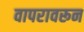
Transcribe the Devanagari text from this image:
वापरावरून